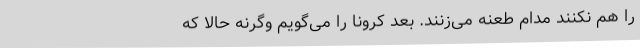
را هم نکنند مدام طعنه می‌زنند. بعدِ کرونا را می‌گویم وگرنه حالا که